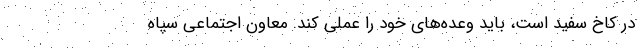
در کاخ سفید است، باید وعده‌های خود را عملی کند. معاون اجتماعی سپاه